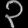
Digit: ၃